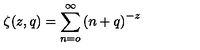
\zeta ( z , q ) = \sum _ { n = o } ^ { \infty } \left( n + q \right) ^ { - z }